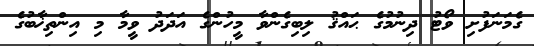
ގެމަނަފުށި ވޯޓު ދިނުމުގެ ޙައްޤު ލިބިގެންވާ މީހުންގެ އަދަދު ވީމާ މި އިންތިޚާބުގެ